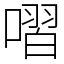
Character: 㗩